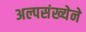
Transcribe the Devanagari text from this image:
अल्पसंख्येने